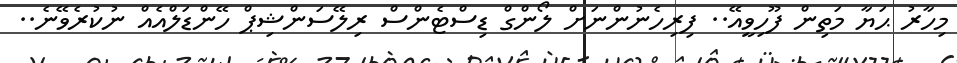
މިހާރު ޙަޔާ މަތިން ފޫހިވީއޭ.. ފިރިހެނުންނަށް ލޯންގް ޑިސްޓެންސް ރިލޭސަންޝިޕް ހޭންޑަލްއެއް ނުކުރެވޭނެ..